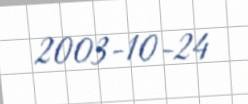
2003-10-24